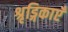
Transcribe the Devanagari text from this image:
श्रृड्गिकाएँ